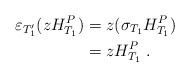
\begin{align*} \varepsilon_{T'_1}(zH_{T_1}^P) &= z(\sigma_{T_1} H_{T_1}^P)\\ &= zH_{T_1}^P \ .\\ \end{align*}